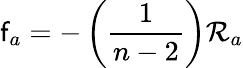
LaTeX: \mathsf{f}_{a}=-\left(\frac{{1}}{{n-2}}\right)\mathcal{{R}}_{a}